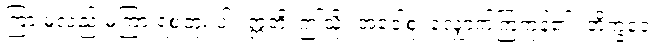
ကြားမူလည်းမကြားရစဘူး ပါ။ ဣတိ၊ ဤသို့။ အဝေါစုံ၊ လျှောက်ကြကုန်၏။ ဘိက္ခဝေ၊